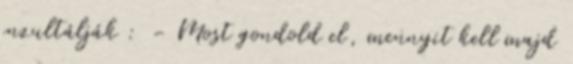
inzultálják : - Most gondold el, mennyit kell majd